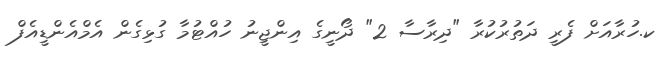
ކ.ހުރާއަށް ފެރީ ދަތުރުކުރާ "ދިރާސާ 2" ދޯނީގެ އިންޖީނު ހުއްޓުމާ ގުޅިގެން އެމްއެންޑީއެފް